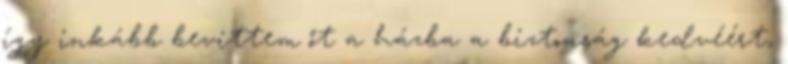
így inkább bevittem őt a házba a biztonság kedvéért,